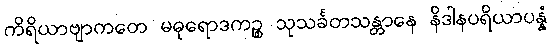
ကိရိယာဗျာကတေ မဓုရောဒကဉ္စ သုသင်္ခတသန္တာနေ နိဒါနပရိယာပန္နံ